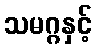
သမဂ္ဂနှင့်